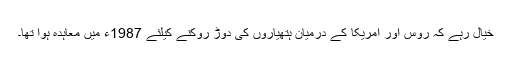
خیال رہے کہ روس اور امریکا کے درمیان ہتھیاروں کی دوڑ روکنے کیلئے 1987ء میں معاہدہ ہوا تھا۔